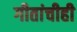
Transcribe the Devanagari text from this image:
गीतांचीही